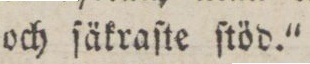
och ſäkraſte ſtöd.'